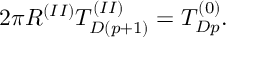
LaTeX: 2 \pi R ^ { ( I I ) } T _ { D ( p + 1 ) } ^ { ( I I ) } = T _ { D p } ^ { ( 0 ) } .